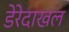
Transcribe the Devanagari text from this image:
डेरेदाखल